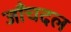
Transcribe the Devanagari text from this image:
जाँचदल